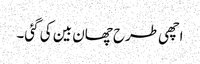
اچھی طرح چھان بین کی گئی۔